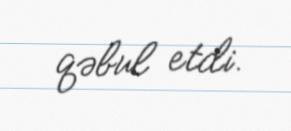
qəbul etdi.